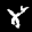
Label: 8